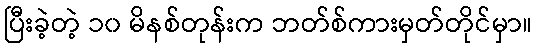
ပြီးခဲ့တဲ့ ၁၀ မိနစ်တုန်းက ဘတ်စ်ကားမှတ်တိုင်မှာ။